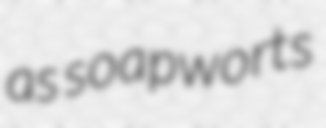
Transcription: as soapworts